Palivere_vallavalitsus, lk 10
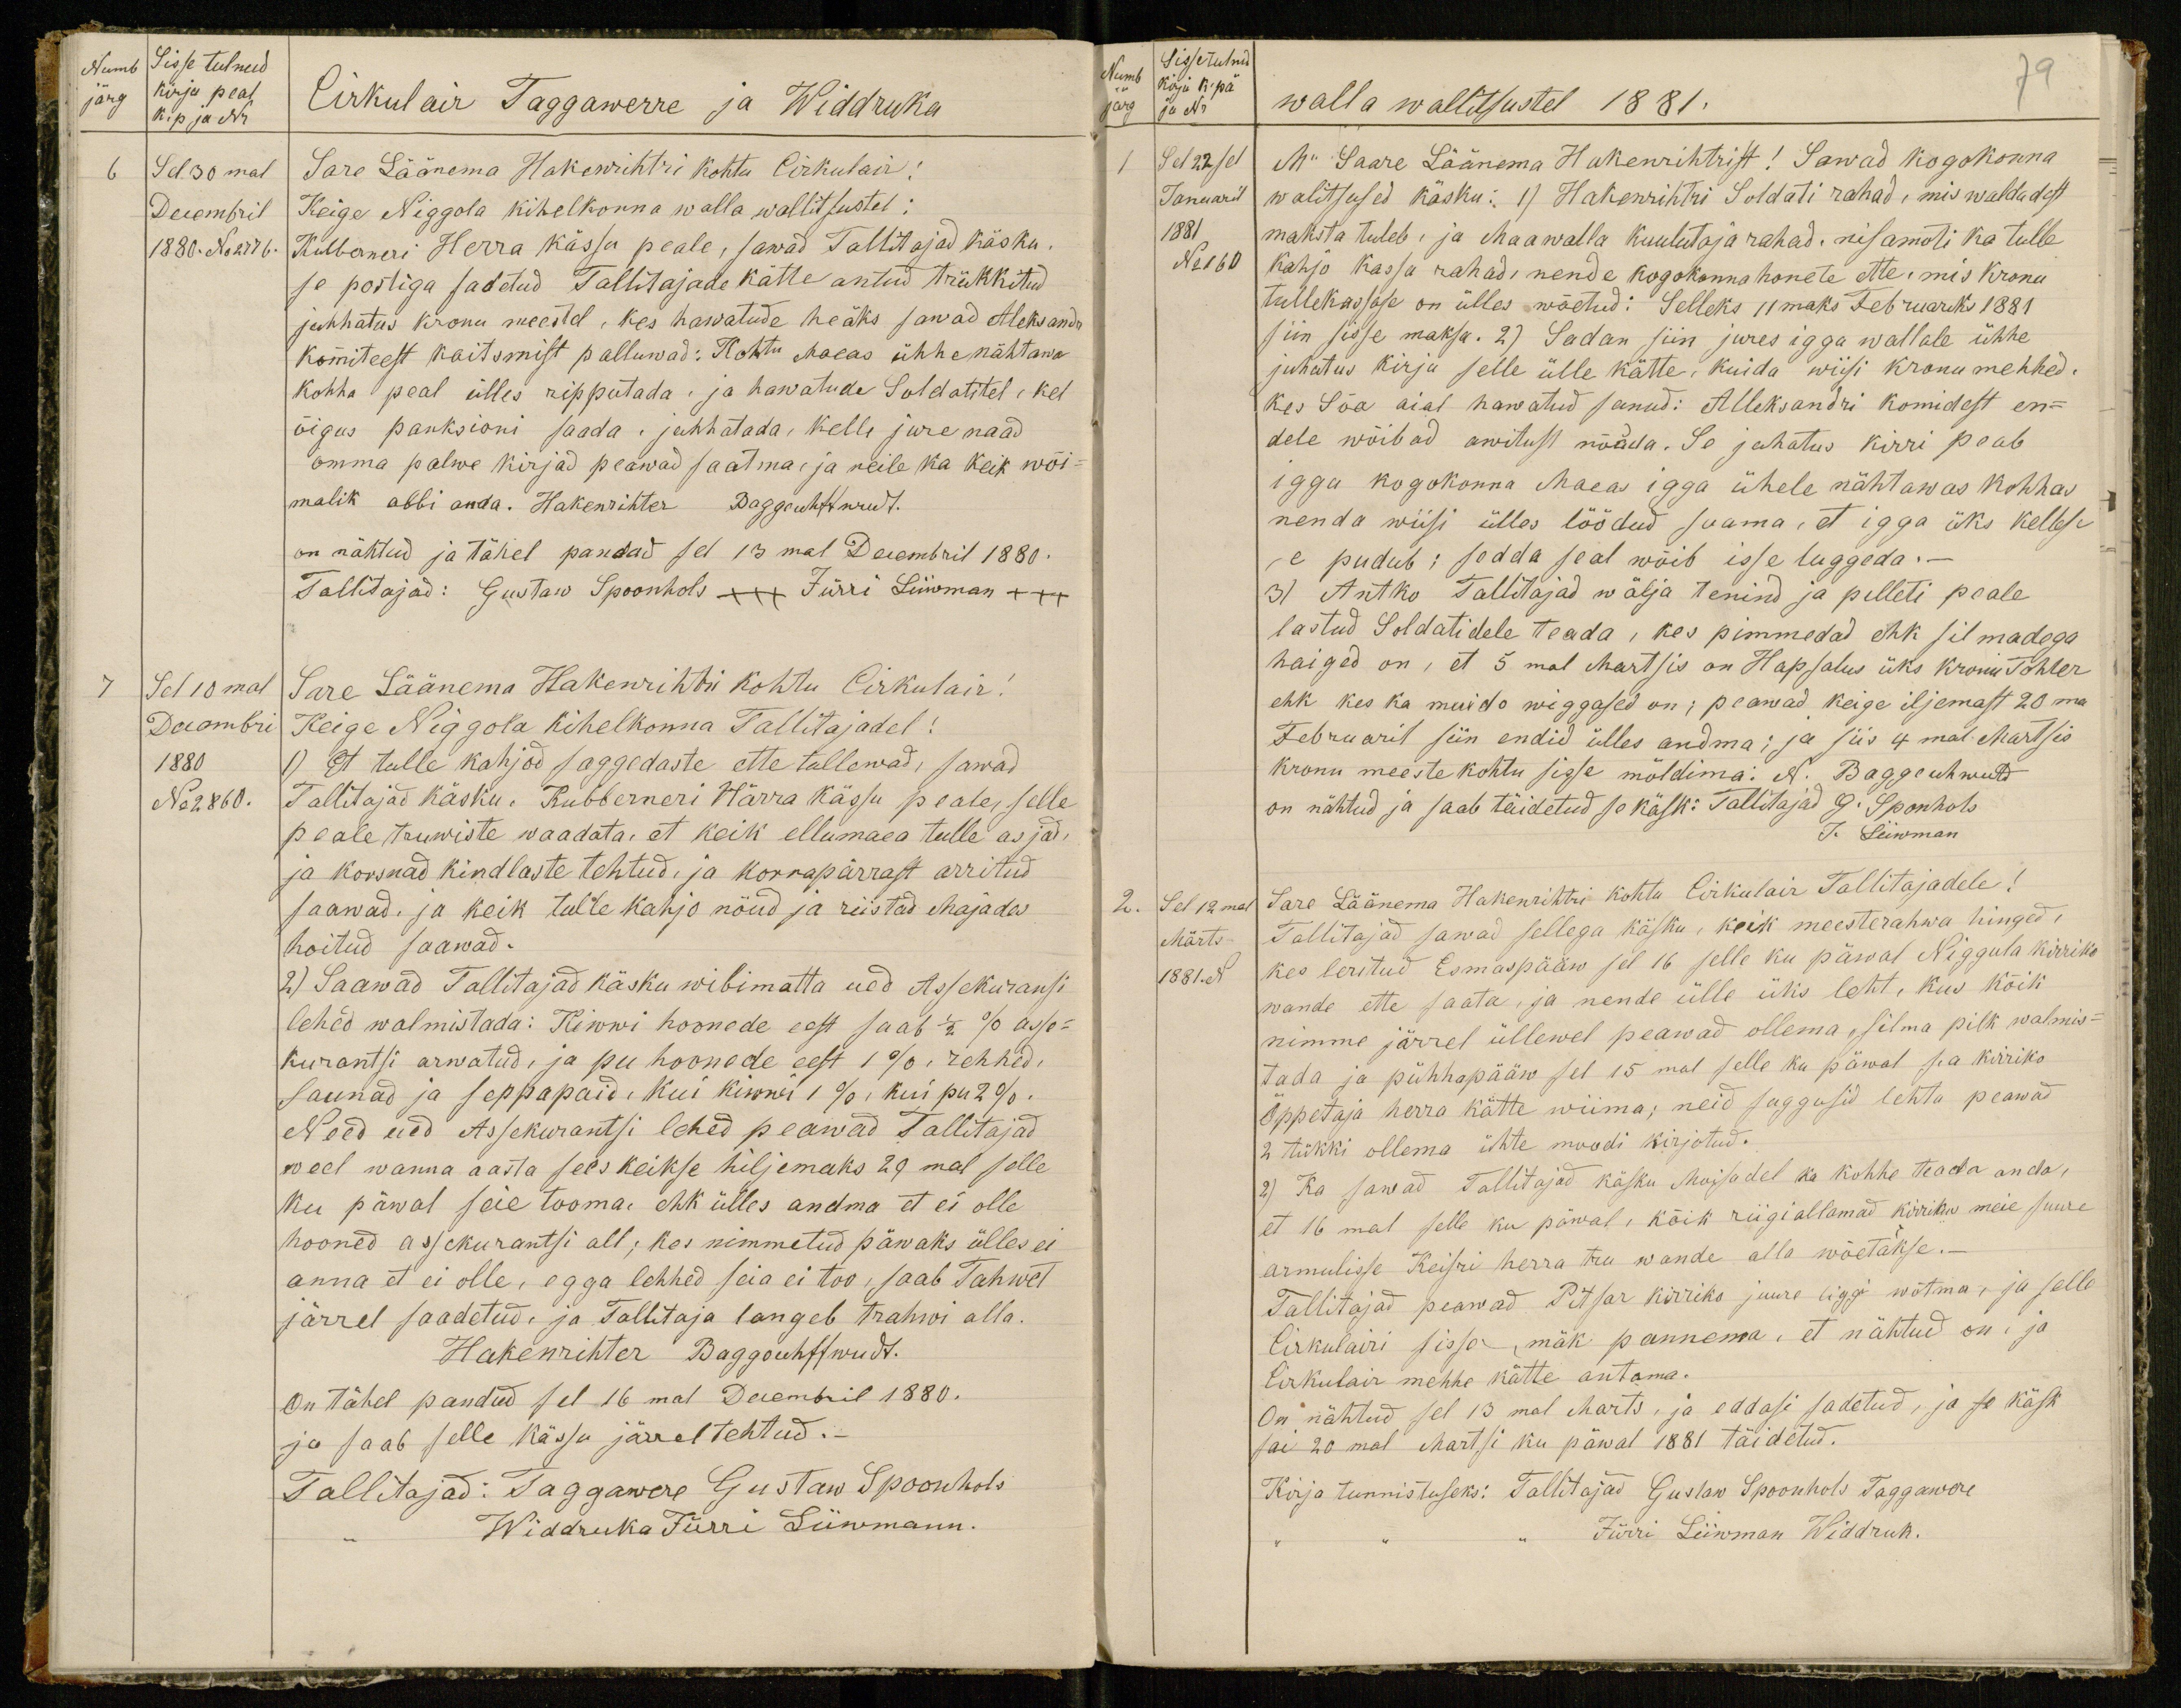
Numb Sisse tulnud
järg kirju peal
k.p ja Nr.
Cirkulair Taggawerre ja Widdruka
6
Sel 30mal
Decembril
1880. No 2776.
Sare Läänema Hakenrihtri kohtu Cirkulair!
Keige Niggola kihelkonna walla wallitsustel!
Kubberneri Herra kässu peale, sawad Tallitajad käsku
se postiga saadetud Tallitajade kätte antud trükkitud
juhhatus kronu meestel, kes hawatude heäks sawad Aleksandr
komiteest kaitsmist palluwad: Kohtu Maeas ühhe nähtawa
kohha peal ülles ripputada, ja hawatude Soldatitel, kel
õigus panksioni saada, juhhatada, kelle jure naad
omma palwe kirjad peawad saatma, ja neile ka keik wõi-
malik abbi anda. Hakenrihter Baggenhuffwudt.
on nähtud ja tähel pandud sel 13mal Decembril 1880.
Tallitajad: Gustaw Spoonhols XXX Jürri Liiwman +++
Sel 18mal
Decembri
1880
No 2860.
Sare Läänema Hakenrihti kohtu Cirkulair!
Keige Niggola kihelkonna Tallitajadel!
1) Et tulle kahjud saggedaste ette tullewad, sawad
Tallitajad käsku. Kubberneri Härra kässu peale, selle-
peale truwiste waadata, et keik ellumaea tulle asjad,
ja korsnad kindlaste tehtud, ja korrapärrast arritud
saawad. ja keik tulle kahjo nõud ja riistad Majades
hoitud saawad.
2) Saawad Tallitajad käsku wibimatta ued Assekuransi
lehed walmistada: Kiwwi hoonede eest saab 1/2 % asse-
kurantsi arwatud, ja pu hoonede eest 1 %, rehhed,
saunad ja seppapaid, kui kiwwi 1 %, kui pu 2%.
Need ued Assekurantsi lehed peawad Tallitajad
weel wanna aasta sees keikse hiljemaks 29mal selle
ku päwal seie tooma ehk ülles andma et ei olle
hooned assekurantsi all; kos nimmetud päwaks ülles ei
anna et ei olle, egga lehhed seia ei too, saab Tahwet
järrel saadetud, ja Tallitaja langeb trahwi alla.
Hakenrihter Baggouhffwudt.
On tähel pandud sel 16mal Decembril 1880.
ja saab selle kässu järel tehtud.
Tallitajad: Taggawere Gustaw Spoonhols
Widdruka Jürri Liiwmann.

Sisse tulnud
Numb kirju k. pä
järg ja Nr
79
walla wallitsustel 1881.
Sel 22sel
Januaril
1881
No 160
M" Saare Läänema Hakenrihtrist! Sawad kogokonna
walitsused käsku: 1) Hakenrihtri Soldati rahad, mis waldadest
maksta tuleb: ja Maawalla kuulutaja rahad. nisamoti ka tulle
kahjo kassa rahade nende kogokonna honete ette, mis kronu
tullekassase on ülles wõetud: Selleks 11maks Februariks 1881
siin sisse maksa. 2) Sadan siin jures igga wallale ühhe
juhatus kirju selle ülle kätte, kuida wiisi kronu mehhed,
kes Sõa aial hawatud sanud: Alleksandri komidest en-
dele wõibad awitust nõuda. Se juhatus kirri peab
igga kogokonna Maeas igga ühele nähtawas kohhas
nenda wiisi ülles löödud saama, et igga üks kellese
se pudub; sedda seal wõib isse luggeda.-
3) Antko Tallitajad wälja tenind ja pilleti peale
lastud Soldatidele teada, kes pimmedad ehk silmadega
haiged on, et 5 mal Martsis on Hapsalus üks kronu Tohter
ehk kes ka muido wiggased on; peawad keige iljemast 20ma
Februaril siin endid ülles andma; ja siis 4mal Martsis
kronu meeste kohtu sisse möldima. N. Baggeuhwutd
on nähtud ja saab täidetud se käsk: Tallitajad J. Sponhols
J. Liiwman
2. Sel 12mal
Märts
1881.N.
Sare Läänema Hakenrihtri kohtu Cirkulair Tallitajadele!
Tallitajad sawad sellega käsku, kõik meesterahwa hinged,
kes leritud Esmaspääw sel 16 selle ku päwal Niggula kirriko
wande ette saata, ja nende ülle üks leht, kus kõik
nimme järrel üllewel peawad ollema, silma pilk walmis-
tada ja pühhapääw sel 15mal selle ku päwal s.a kirriko
õppetaja herra kätte wiima; neid suggusid lehtu peawad
2 tükki ollema ühte moodi kirjotud.
2) Ka sawad Tallitajad käsku Moisadel ka kohhe teada anda,
et 16mal selle ku päwal, kõik riigi allamad kirriku meie suure
armulisse Keisri herra tru wande alla wõetakse.-
Tallitajad peawad Pitsar kirriko juure liggi wõtma, ja selle
Cirkulairi sisse, mäk pannema, et nähtud on, ja
Cirkulair mehhe kätte antama.
On nähtud sel 13mal Marts, ja eddasi sadetud, ja se käsk
sai 20mal Märtsi ku päwal 1881 täidetud.
Kirja tunnistuseks: Tallitajad Gustaw Spoonhols Taggawere
Jürri Liiwman Widdruk.